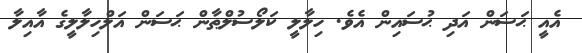
އެއީ ޙަސަން އަދި ޙުސައިން އެވެ. ހިލާލީ ކަލޯސުލްޠާން ޙަސަން އަލްހިލާލީގެ އާއިލާ